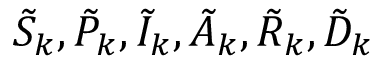
\tilde { S } _ { k } , \tilde { P } _ { k } , \tilde { I } _ { k } , \tilde { A } _ { k } , \tilde { R } _ { k } , \tilde { D } _ { k }